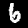
Digit: 6